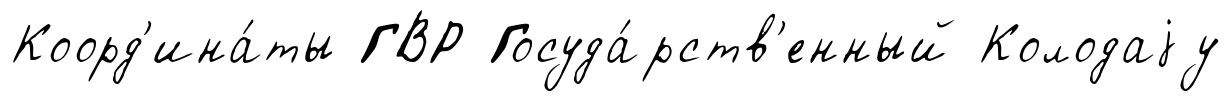
Коорд'ина́ты ГВР Госуда́рств'енный Колодаjу